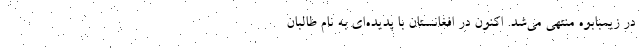
در زيمبابوه منتهي مي‌شد. اكنون در افغانستان با پديده‌اي به نام طالبان